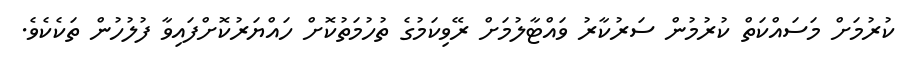
ކުރުމަށް މަސައްކަތް ކުރުމުން ސަރުކާރު ވައްޓާލުމަށް ރޭވިކަމުގެ ތުހުމަތުކޮށް ހައްޔަރުކޮށްފައިވާ ފުލުހުން ތަކެކެވެ.